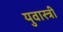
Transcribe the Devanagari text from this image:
युवास्त्री